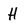
Character: H